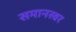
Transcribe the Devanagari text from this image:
समानस्वर